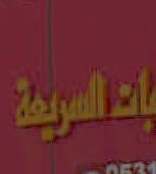
العربية